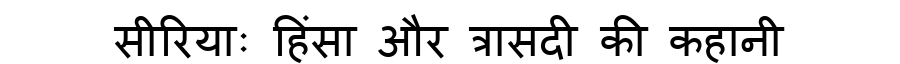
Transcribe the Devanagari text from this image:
सीरियाः हिंसा और त्रासदी की कहानी